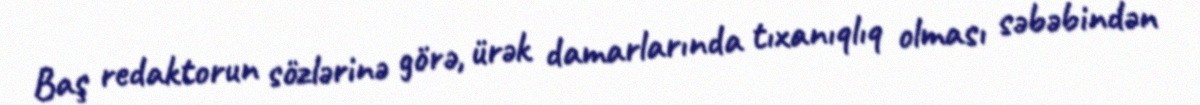
Baş redaktorun sözlərinə görə, ürək damarlarında tıxanıqlıq olması səbəbindən